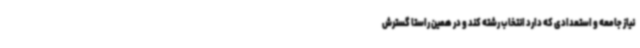
نیاز جامعه و استعدادی که دارد انتخاب رشته کند و در همین راستا گسترش